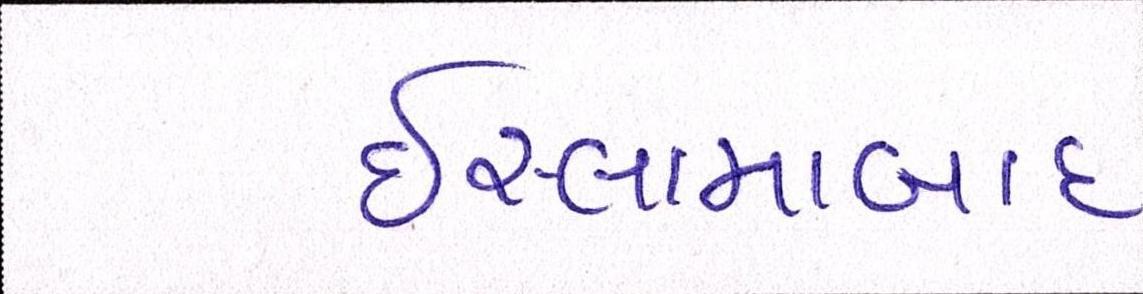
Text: ઇસ્લામાબાદ